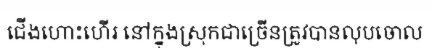
ជើងហោះហើរ នៅក្នុងស្រុកជាច្រើនត្រូវបានលុបចោល